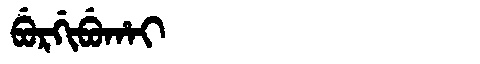
Manchu: ᠪᡠᡵᡤᡳᠪᡠᡥᠠᡳ
Romanization: BURGIBUHAI